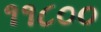
૧૧૮૦૦